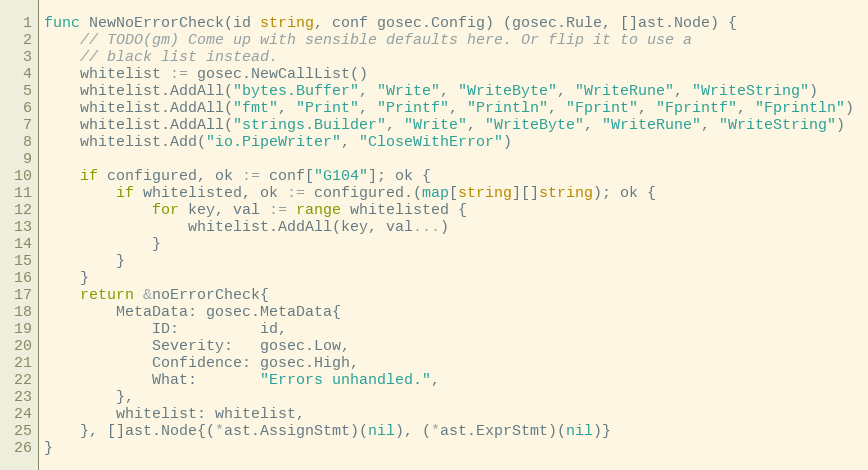
Language: Go
func NewNoErrorCheck(id string, conf gosec.Config) (gosec.Rule, []ast.Node) {
	// TODO(gm) Come up with sensible defaults here. Or flip it to use a
	// black list instead.
	whitelist := gosec.NewCallList()
	whitelist.AddAll("bytes.Buffer", "Write", "WriteByte", "WriteRune", "WriteString")
	whitelist.AddAll("fmt", "Print", "Printf", "Println", "Fprint", "Fprintf", "Fprintln")
	whitelist.AddAll("strings.Builder", "Write", "WriteByte", "WriteRune", "WriteString")
	whitelist.Add("io.PipeWriter", "CloseWithError")

	if configured, ok := conf["G104"]; ok {
		if whitelisted, ok := configured.(map[string][]string); ok {
			for key, val := range whitelisted {
				whitelist.AddAll(key, val...)
			}
		}
	}
	return &noErrorCheck{
		MetaData: gosec.MetaData{
			ID:         id,
			Severity:   gosec.Low,
			Confidence: gosec.High,
			What:       "Errors unhandled.",
		},
		whitelist: whitelist,
	}, []ast.Node{(*ast.AssignStmt)(nil), (*ast.ExprStmt)(nil)}
}